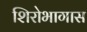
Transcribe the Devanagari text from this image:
शिरोभागास